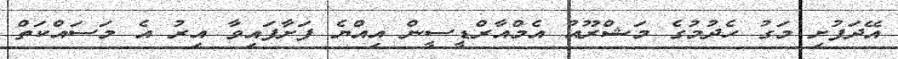
އޭދަފުށި މަގު ހެދުމުގެ މަޝްރޫއު އެމްއާރްޑީސީން އިއްޔެ ފަށާފައިވާ އިރު އެ މަސައްކަތް